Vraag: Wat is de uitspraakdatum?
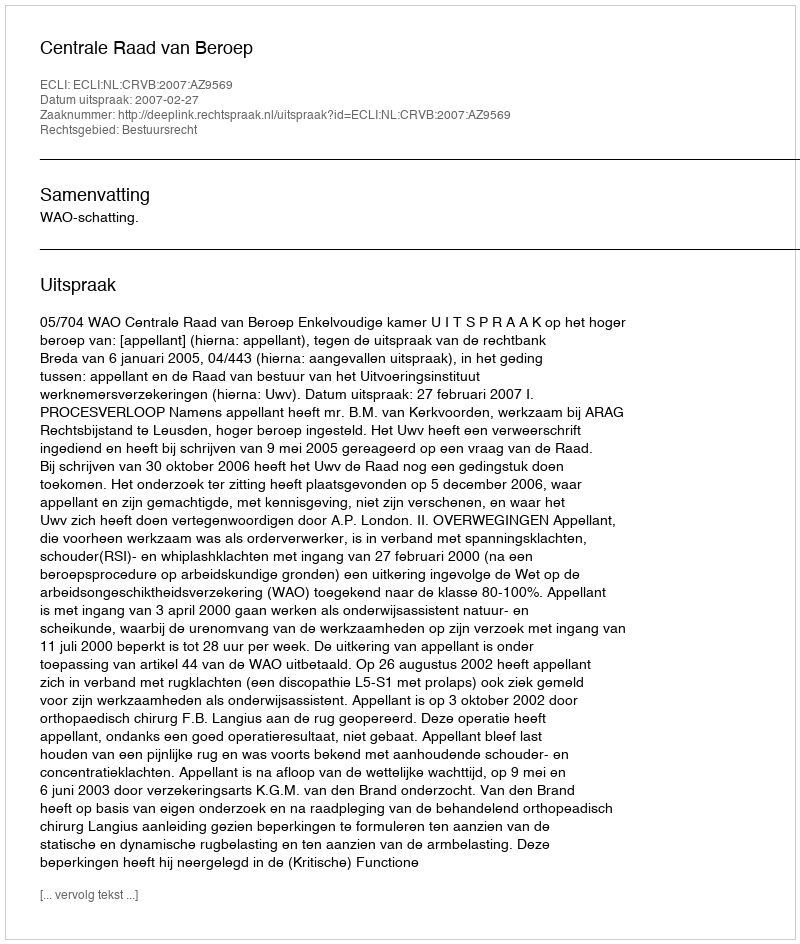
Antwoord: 2007-02-27